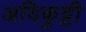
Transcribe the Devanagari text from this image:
अयिकुट्टी